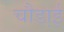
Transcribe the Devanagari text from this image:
चौडा़ई